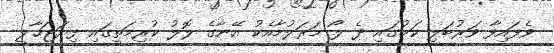
ވެފައިފާ ވަރުބަލި ކަމުގައި ދެ ލޯ މަރަލުމާއެކު އޭނާގެ ލޮލު ކުރިމަތީގައި ފިޔަޖަހާލީ